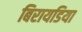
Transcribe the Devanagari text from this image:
बिरायडिया